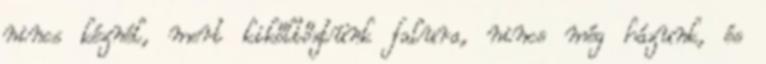
nincs kéznél, mert kikőltőztünk falura, nincs még házunk, és